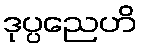
ဒုပ္ပညေဟိ